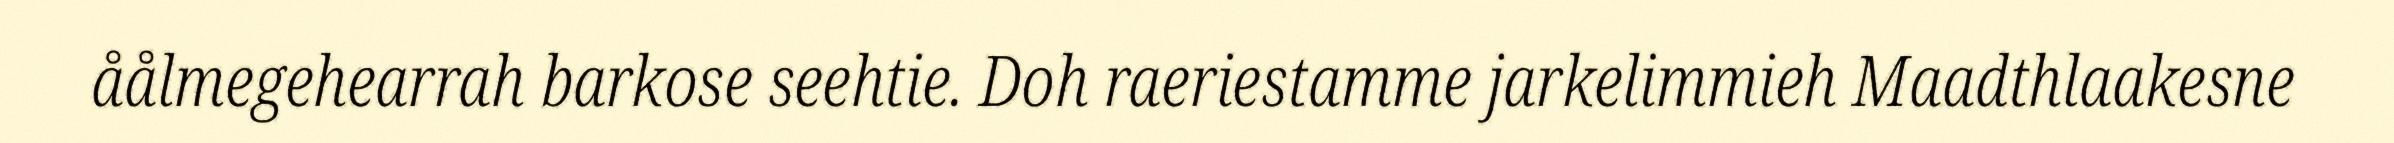
åålmegehearrah barkose seehtie. Doh raeriestamme jarkelimmieh Maadthlaakesne